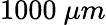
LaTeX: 1000\ \mu m